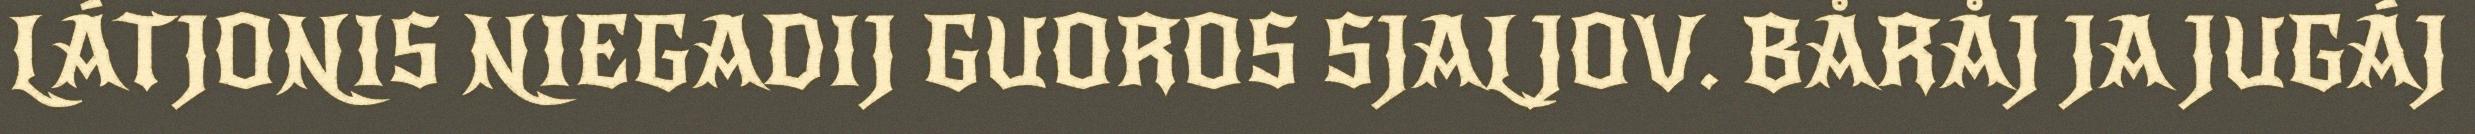
LÁTJONIS NIEGADIJ GUOROS SJALJOV. BÅRÅJ JA JUGÁJ